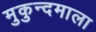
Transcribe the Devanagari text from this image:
मुकुन्दमाला